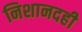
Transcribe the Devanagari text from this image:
निशानदही